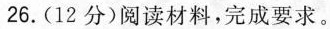
26.(12分)阅读材料，完成要求。